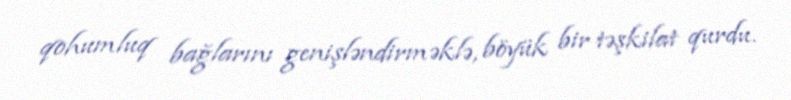
qohumluq bağlarını genişləndirməklə, böyük bir təşkilat qurdu.